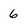
Character: 6